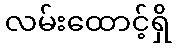
လမ်းထောင့်ရှိ